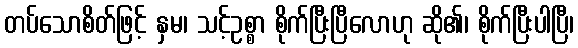
တပ်သောစိတ်ဖြင့် နှမ၊ သင့်ဥစ္စာ စိုက်ပြီးပြီလောဟု ဆို၏၊ စိုက်ပြီးပါပြီ၊